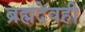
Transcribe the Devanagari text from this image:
ब्रह्मदेवही